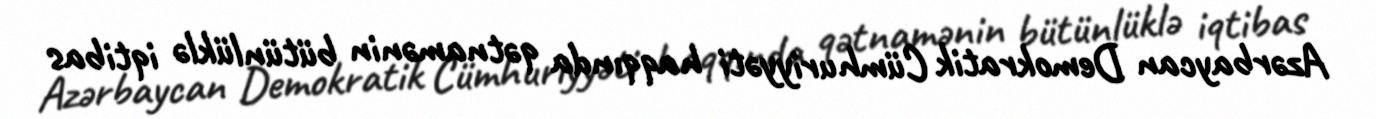
Azərbaycan Demokratik Cümhuriyyəti haqqında qətnamənin bütünlüklə iqtibas